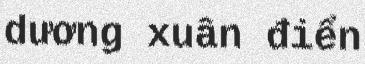
dương xuân điển